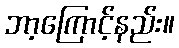
ဘာ့ကြောင့်နည်း။